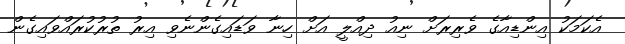
އެކަމަކު އިންޑިއާގެ ވެރިރަށް ނިއު ދިއްލީ އަށް ހިނާ ވަޑައިގެންނެވި އިރު ތުރުކުރައްވައިގެން